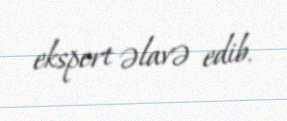
ekspert əlavə edib.